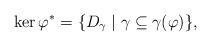
LaTeX: \begin{align*}\ker \varphi^* = \{ D_{\gamma} \mid \gamma\subseteq\gamma(\varphi)\},\end{align*}